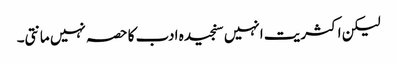
لیکن اکثریت انہیں سنجیدہ ادب کا حصہ نہیں مانتی۔